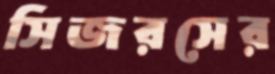
সিজরসের